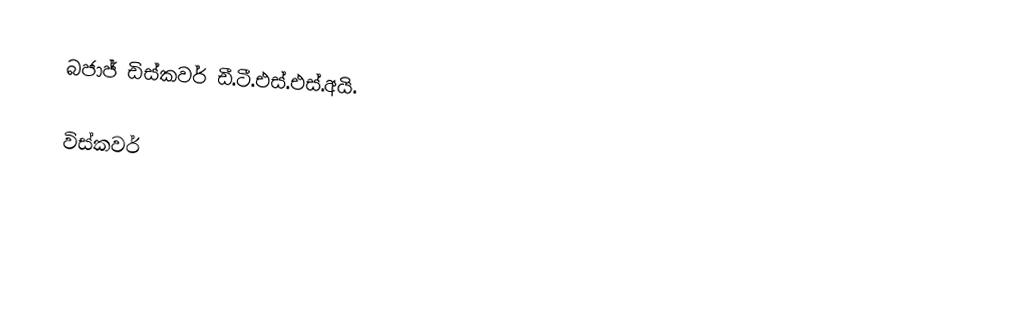
බජාජ් ඩිස්කවර් ඩී.ටී.එස්.එස්.අයි.

විස්කවර්